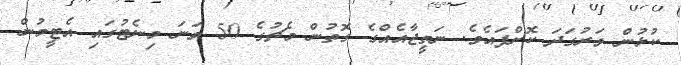
ކުޅުން ވަރުގަދަ ކޮށްފައެވެ. ނަތީޖާއެއްގެ ގޮތުން މެޗުގެ 50 ވަނަ މިނެޓުގައި އެޓީމުން